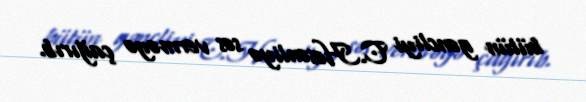
bütün gəncliyi C.Həsənliyə səs verməyə çağırıb.